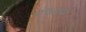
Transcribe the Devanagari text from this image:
पंचरत्‍न